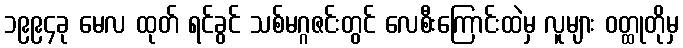
၁၉၉၄ခု မေလ ထုတ် ရင်ခွင် သစ်မဂ္ဂဇင်းတွင် လေစီးကြောင်းထဲမှ လူများ ဝတ္ထုတိုမှ